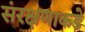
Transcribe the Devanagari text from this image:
संरक्षणाकडे